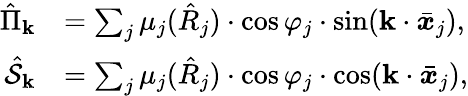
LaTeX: \begin{array}{rl}{\hat{\Pi}_{\mathbf{k}}}&{=\sum_{j}\mu_{j}(\hat{R}_{j})\cdot\cos\varphi_{j}\cdot\sin(\mathbf{k}\cdot\bar{\boldsymbol x}_{j}),}\\ {\hat{\mathcal{S}}_{\mathbf{k}}}&{=\sum_{j}\mu_{j}(\hat{R}_{j})\cdot\cos\varphi_{j}\cdot\cos(\mathbf{k}\cdot\bar{\boldsymbol x}_{j}),}\end{array}